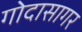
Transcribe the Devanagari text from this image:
गोदासागर